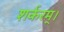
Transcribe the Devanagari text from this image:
शर्करम्।